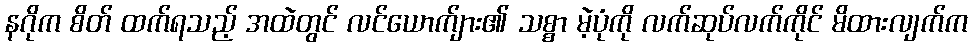
နဂိုက စိတ် ထက်ရသည့် အထဲတွင် လင်ယောက်ျား၏ သစ္စာ မဲ့ပုံကို လက်ဆုပ်လက်ကိုင် မိထားလျက်က